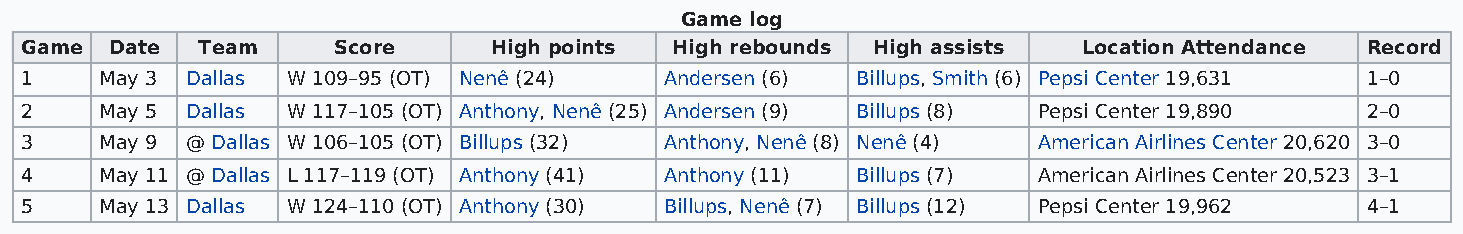
Game log
 Game  Date  Team     Score     High points High rebounds High assists  Location Attendance Record
 1     May 3 Dallas W 109–95 (OT) Nenê (24) Andersen (6) Billups, Smith (6) Pepsi Center 19,631 1–0
 2     May 5 Dallas W 117–105 (OT) Anthony, Nenê (25) Andersen (9) Billups (8) Pepsi Center 19,890 2–0
 3     May 9 @ Dallas W 106–105 (OT) Billups (32) Anthony, Nenê (8) Nenê (4) American Airlines Center 20,620 3–0
 4     May 11 @ Dallas L 117–119 (OT) Anthony (41) Anthony (11) Billups (7) American Airlines Center 20,523 3–1
 5     May 13 Dallas W 124–110 (OT) Anthony (30) Billups, Nenê (7) Billups (12) Pepsi Center 19,962 4–1